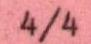
4/4